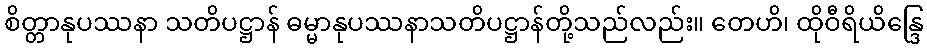
စိတ္တာနုပဿနာ သတိပဋ္ဌာန် ဓမ္မာနုပဿနာသတိပဋ္ဌာန်တို့သည်လည်း။ တေဟိ၊ ထိုဝီရိယိန္ဒြေ